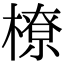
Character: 橑